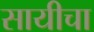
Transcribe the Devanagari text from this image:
सायीचा